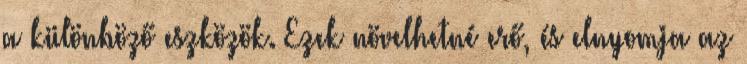
a különböző eszközök. Ezek növelhetné erő, és elnyomja az